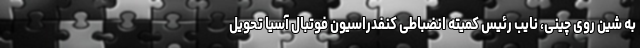
به شین روی چینی، نایب رئیس کمیته انضباطی کنفدراسیون فوتبال آسیا تحویل